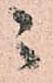
ニ